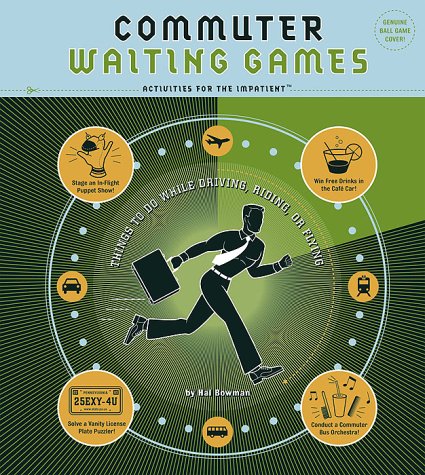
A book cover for Commuter Waiting Games: Things to Do While Driving, Riding, or Flying Activities for the ImpatientÃE Quirk Books; Hal Bowman; Travel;